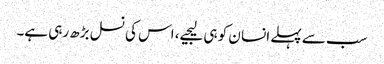
سب سے پہلے انسا ن کو ہی لیجیے، اس کی نسل بڑھ رہی ہے۔